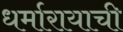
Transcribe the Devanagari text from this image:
धर्मारायाची